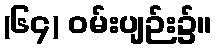
(၆၄) ဝမ်းပျဉ်း၌။